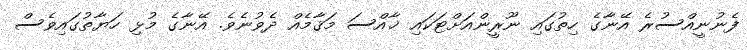
ފެނުނީއްސުރެ އޭނާގެ ހިތުގައި ނޫރީންއަށްޓަކައި ޚާއްސަ މަޤާމެއް ދެވުނެވެ. އޭނާގެ މުޅި ހަޔާތުގައިވެސް